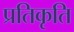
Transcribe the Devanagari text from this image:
प्रतिकृति